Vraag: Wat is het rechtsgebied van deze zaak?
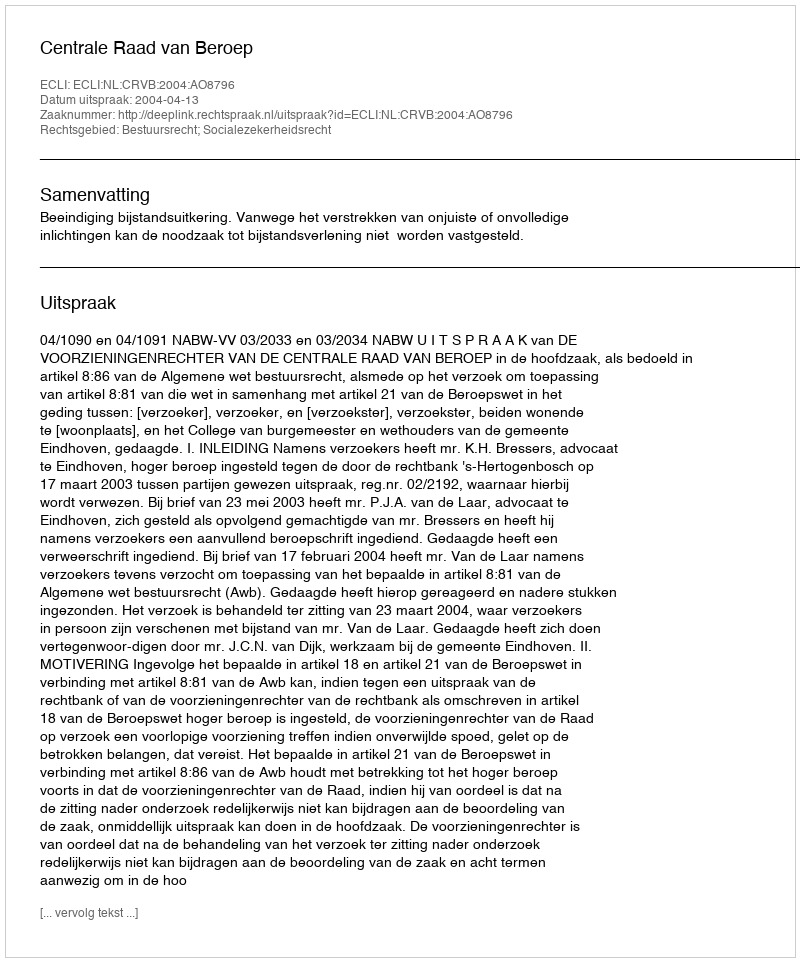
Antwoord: Bestuursrecht; Socialezekerheidsrecht